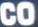
CO